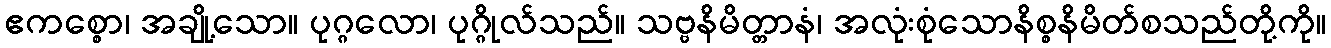
ဧကစ္စော၊ အချို့သော။ ပုဂ္ဂလော၊ ပုဂ္ဂိုလ်သည်။ သဗ္ဗနိမိတ္တာနံ၊ အလုံးစုံသောနိစ္စနိမိတ်စသည်တို့ကို။